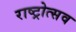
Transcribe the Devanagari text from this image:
राष्ट्रोत्सव